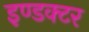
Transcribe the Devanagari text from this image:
इण्डक्टर